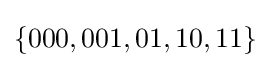
\{000,001,01,10,11\}